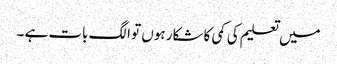
میں تعلیم کی کمی کا شکار ہوں تو الگ بات ہے ۔